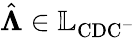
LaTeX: \hat{\boldsymbol{\Lambda}}\in\mathbb{L}_{\mathrm{CDC^{-}}}